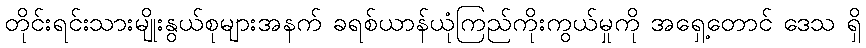
တိုင်းရင်းသားမျိုးနွယ်စုများအနက် ခရစ်ယာန်ယုံကြည်ကိုးကွယ်မှုကို အရှေ့တောင် ဒေသ ရှိ